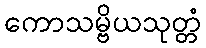
ကောသမ္ဗိယသုတ္တံ